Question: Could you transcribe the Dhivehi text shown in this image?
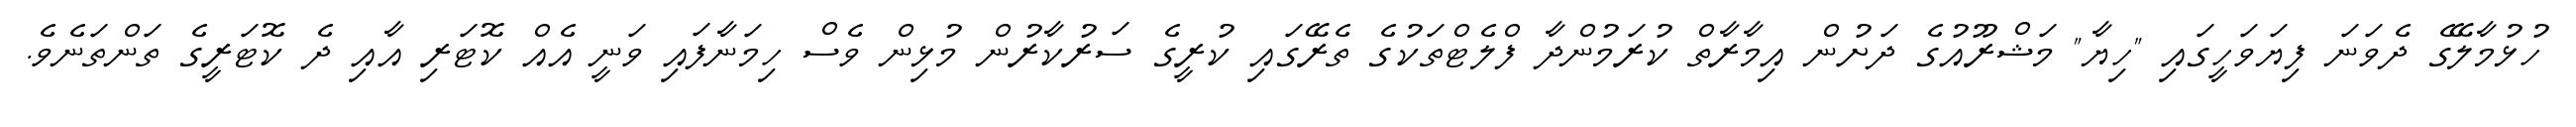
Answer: ހުޅުމާލޭގެ ދެވަނަ ފިޔަވަހީގައި "ހިޔާ" މަޝްރޫއުގެ ދަށުން އިމާރާތް ކުރަމުންދާ ފްލެޓްތަކުގެ ތެރޭގައި ކުރީގެ ސަރުކާރުން މުޅިން ވެސް ހިމަނާފައި ވަނީ އެއް ކޮޓަރި އާއި ދެ ކޮޓަރީގެ ތަންތަނެވެ.